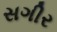
સગીર